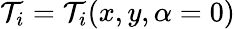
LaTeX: \mathcal{T}_{i}=\mathcal{T}_{i}(x,y,\alpha=0)